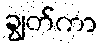
ချွတ်ကာ